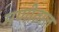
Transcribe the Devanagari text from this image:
मणीताल